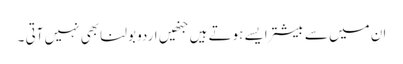
ان میں سے بیشتر ایسے ہوتے ہیں جنھیں اردو بولنا بھی نہیں آتی ۔